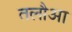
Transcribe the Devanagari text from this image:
तलौआ